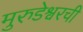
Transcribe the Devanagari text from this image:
मुरुडेश्वरची